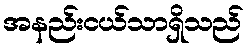
အနည်းငယ်သာရှိသည်